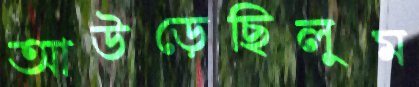
আউড়েছিলুম